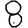
Digit: 8